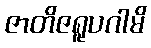
ဇာတိဇရူပဂါမိ